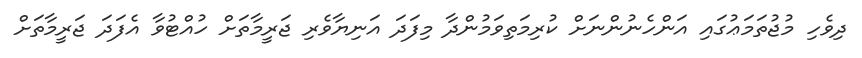
ދިވެހި މުޖުތަމަޢުގައި އަންހެނުންނަށް ކުރިމަތިވަމުންދާ މިފަދަ އަނިޔާވެރި ޖަރީމާތަށް ހުއްޓުވާ އެފަދަ ޖަރީމާތަށް